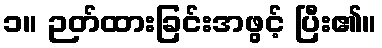
၁။ ဉတ်ထားခြင်းအဖွင့် ပြီး၏။